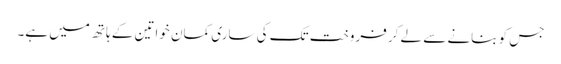
جس کو بنانے سے لے کر فروخت تک کی ساری کمان خواتین کے ہاتھ میں ہے۔